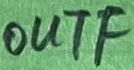
Text: OUTF